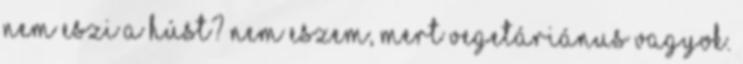
nem eszi a húst? Nem eszem, mert vegetáriánus vagyok.